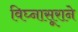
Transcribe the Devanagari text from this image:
विघ्नासूराने